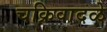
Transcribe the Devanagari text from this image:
चक्रिवादळे